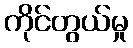
ကိုင်တွယ်မှု